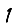
Digit: 1